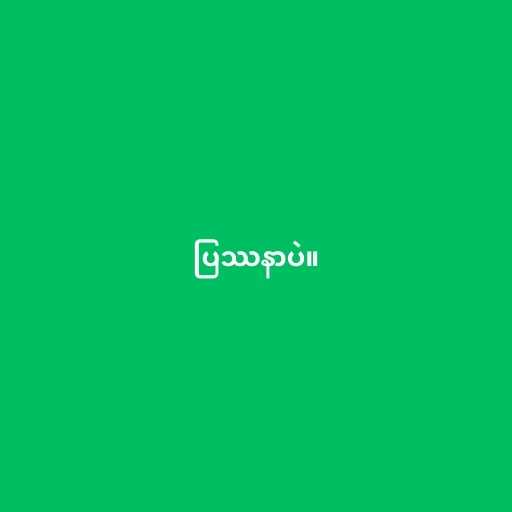
ပြဿနာပဲ။